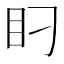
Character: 𰥋